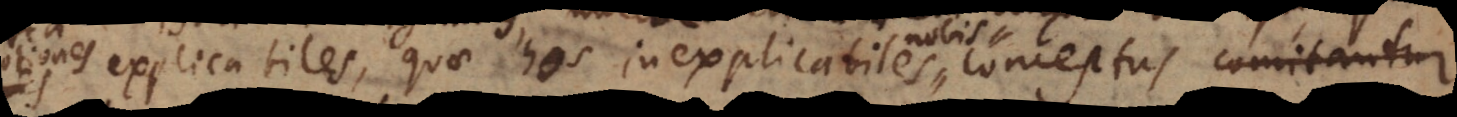
explicabiles, quae hos inexplicabiles conceptus comitantur